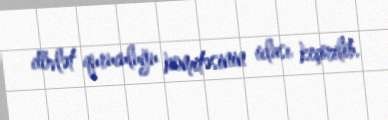
dövlət quruculuğu komitəsinin iclası keçirilib.